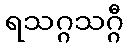
ရသဂ္ဂသဂ္ဂီ